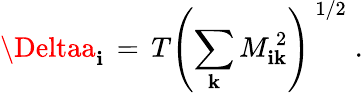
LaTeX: \Deltaa_{\mathbf{i}}\, =\, T\left(\sum_{\mathbf{k}}M_{\mathbf{i}\mathbf{k}}^{\, 2}\right)^{\, 1/2}\; .